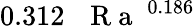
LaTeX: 0.312\, \mathrm{~\textit~{~R~a~}~}^{0.186}